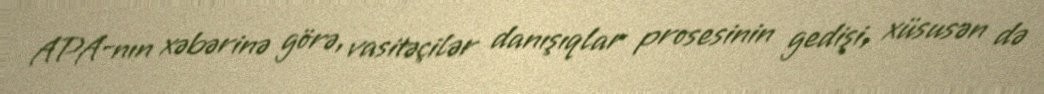
APA-nın xəbərinə görə, vasitəçilər danışıqlar prosesinin gedişi, xüsusən də